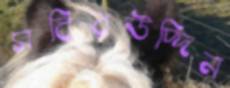
সবিরউদ্দিন